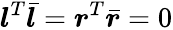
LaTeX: \boldsymbol{l}^{T}\bar{\boldsymbol{l}}=\boldsymbol{r}^{T}\bar{\boldsymbol{r}}=0